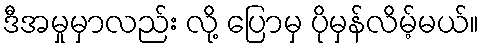
ဒီအမှုမှာလည်း လို့ ပြောမှ ပိုမှန်လိမ့်မယ်။